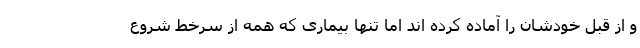
و از قبل خودشان را آماده کرده اند اما تنها بیماری که همه از سرخط شروع